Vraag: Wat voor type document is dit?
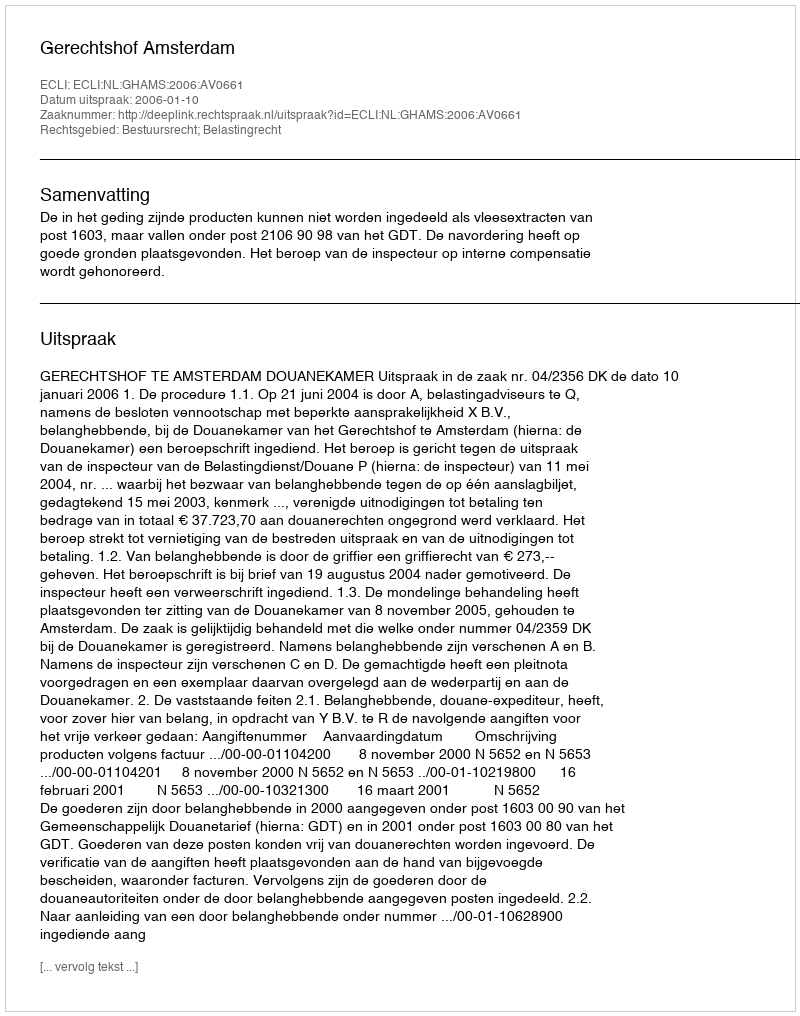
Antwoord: Uitspraak